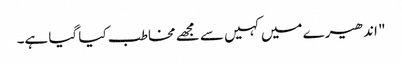
" اندھیرے میں کہیں سے مجھے مخاطب کیا گیا ہے۔